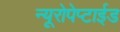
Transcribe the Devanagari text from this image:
न्यूरोपेप्टाईड